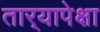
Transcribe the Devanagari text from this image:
तार्‍यापेक्षा